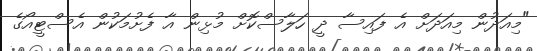
"މިއަދުން މިއަދަށް އެ ފައިސާ ދީ ހަލާސްކޮށް މުޅިން އާ ފެށުމަކުން އެސްޓީއޯގެ